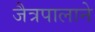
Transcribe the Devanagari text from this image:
जैत्रपालाने